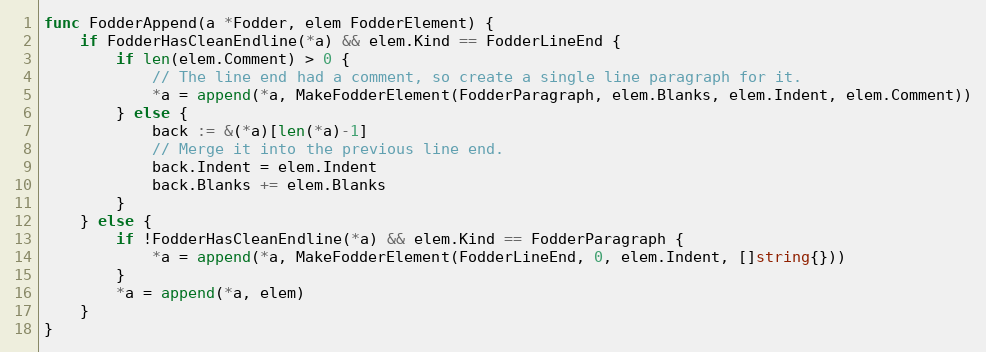
Language: Go
func FodderAppend(a *Fodder, elem FodderElement) {
	if FodderHasCleanEndline(*a) && elem.Kind == FodderLineEnd {
		if len(elem.Comment) > 0 {
			// The line end had a comment, so create a single line paragraph for it.
			*a = append(*a, MakeFodderElement(FodderParagraph, elem.Blanks, elem.Indent, elem.Comment))
		} else {
			back := &(*a)[len(*a)-1]
			// Merge it into the previous line end.
			back.Indent = elem.Indent
			back.Blanks += elem.Blanks
		}
	} else {
		if !FodderHasCleanEndline(*a) && elem.Kind == FodderParagraph {
			*a = append(*a, MakeFodderElement(FodderLineEnd, 0, elem.Indent, []string{}))
		}
		*a = append(*a, elem)
	}
}